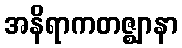
အနိရာကတဇ္ဈာနာ